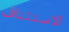
الاستئناف